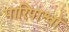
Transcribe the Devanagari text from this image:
पारिपाश्वों